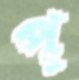
প্